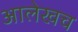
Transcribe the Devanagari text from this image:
आलेखच